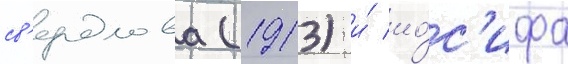
св'ердлова (1913) и́ ио́с'ифа